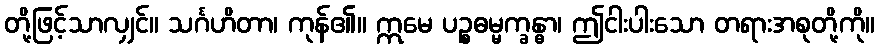
တို့ဖြင့်သာလျှင်။ သင်္ဂဟိတာ၊ ကုန်၏။ ဣမေ ပဉ္စဓမ္မက္ခန္ဓာ၊ ဤငါးပါးသော တရားအစုတို့ကို။